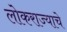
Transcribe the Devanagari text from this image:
लोकराज्याचे